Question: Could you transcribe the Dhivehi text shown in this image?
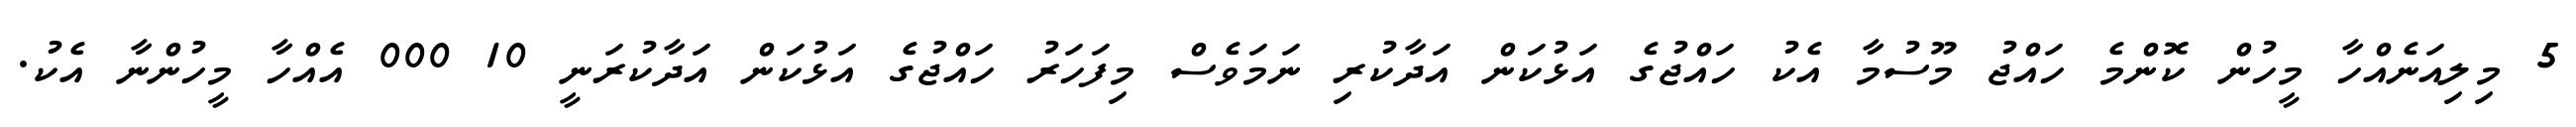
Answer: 5 މިލިއަނެއްހާ މީހުން ކޮންމެ ހައްޖު މޫސުމާ އެކު ހައްޖުގެ އަޅުކަން އަދާކުރި ނަމަވެސް މިފަހަރު ހައްޖުގެ އަޅުކަން އަދާކުރަނީ 10 000 އެއްހާ މީހުންނާ އެކު.